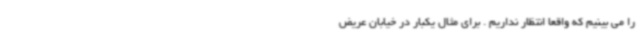
را می بینیم که واقعا انتظار نداریم . برای مثال یکبار در خیابان عریض